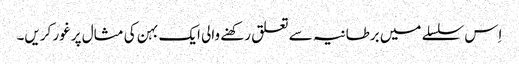
‏ اِس سلسلے میں برطانیہ سے تعلق رکھنے والی ایک بہن کی مثال پر غور کریں۔